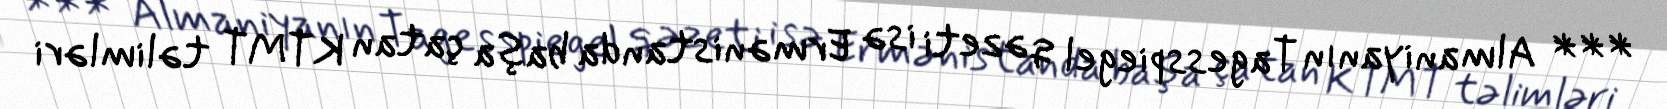
*** Almaniyanın Tagesspiegel qəzeti isə Ermənistanda başa çatan KTMT təlimləri